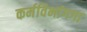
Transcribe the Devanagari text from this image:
कर्मविभांगगा